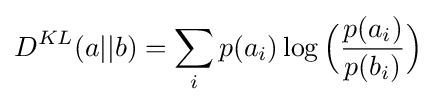
D^{KL}(a||b)=\sum _{i}p(a_{i})\log {\Big (}{\frac {p(a_{i})}{p(b_{i})}}{\Big )}